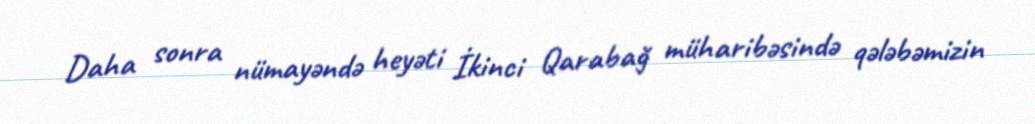
Daha sonra nümayəndə heyəti İkinci Qarabağ müharibəsində qələbəmizin